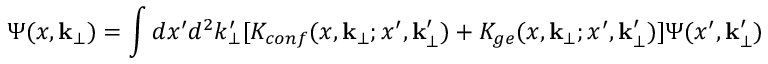
\Psi ( x , { \bf k _ { \bot } } ) = \int d x ^ { \prime } d ^ { 2 } k _ { \bot } ^ { \prime } [ K _ { c o n f } ( x , { \bf k _ { \bot } } ; x ^ { \prime } , { \bf k _ { \bot } ^ { \prime } } ) + K _ { g e } ( x , { \bf k _ { \bot } } ; x ^ { \prime } , { \bf k _ { \bot } ^ { \prime } } ) ] \Psi ( x ^ { \prime } , { \bf k _ { \bot } ^ { \prime } } )